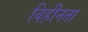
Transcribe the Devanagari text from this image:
विहीनता